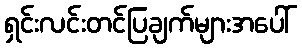
ရှင်းလင်းတင်ပြချက်များအပေါ်